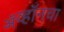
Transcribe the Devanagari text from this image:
ॲव्हॉनचा